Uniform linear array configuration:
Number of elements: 12
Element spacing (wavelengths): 0.5
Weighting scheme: kaiser
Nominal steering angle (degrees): -60
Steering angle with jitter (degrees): -58.571
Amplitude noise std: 0.05
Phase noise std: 0.05

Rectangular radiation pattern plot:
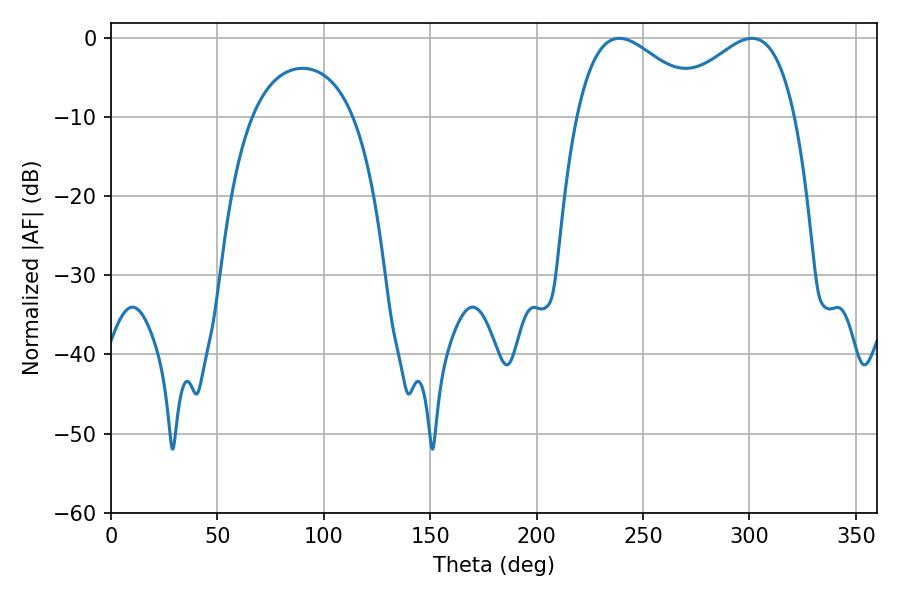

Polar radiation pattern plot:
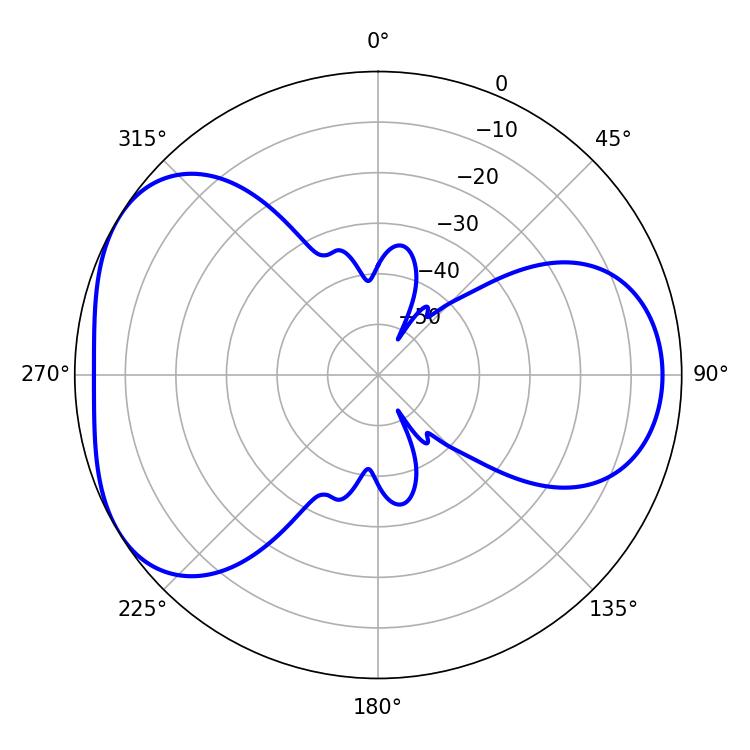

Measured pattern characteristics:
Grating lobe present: FALSE
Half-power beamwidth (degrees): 33.12
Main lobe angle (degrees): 301.14